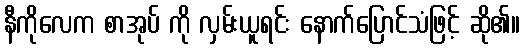
နီကိုလေက စာအုပ် ကို လှမ်းယူရင်း နောက်ပြောင်သံဖြင့် ဆို၏။